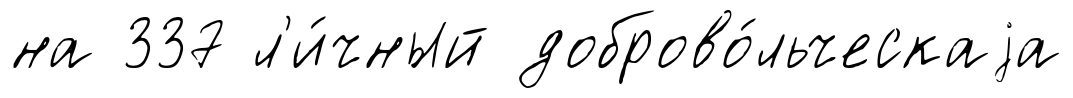
на 337 л'и́чный доброво́льческаjа